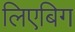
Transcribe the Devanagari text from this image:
लिएबिग